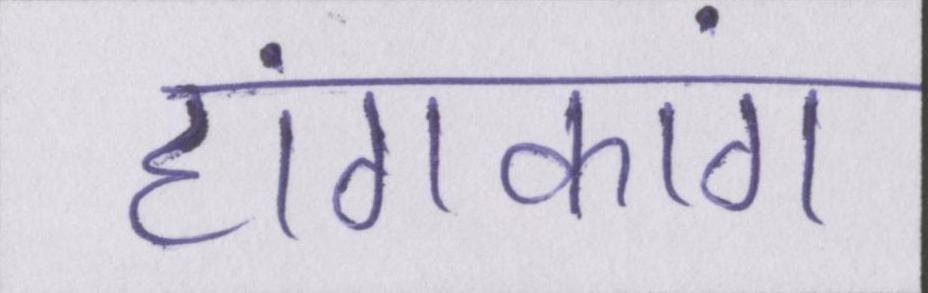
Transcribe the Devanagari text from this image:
हांगकांग